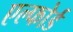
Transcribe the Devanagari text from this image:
एल्फोर्ड